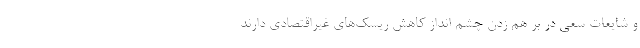
و شایعات سعی در بر هم زدن چشم انداز کاهش ریسک‌های غیراقتصادی دارند